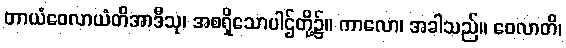
တာယံဝေလာယံတိအာဒီသု၊ အစရှိသောပါဌ်တို့၌။ ကာလော၊ အခါသည်။ ဝေလာတိ၊